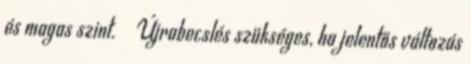
és magas szint.  Újrabecslés szükséges, ha jelentős változás